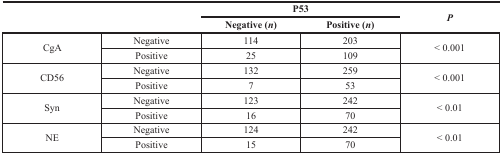
<table><thead><tr><td rowspan="2"></td><td rowspan="2"></td><td colspan="2"><b>P53</b></td><td rowspan="2"><b><i>P</i></b></td></tr><tr><td><b>Negative (<i>n</i>)</b></td><td><b>Positive (<i>n</i>)</b></td></tr></thead><tbody><tr><td rowspan="2">CgA</td><td>Negative</td><td>114</td><td>203</td><td rowspan="2">&lt; 0.001</td></tr><tr><td>Positive</td><td>25</td><td>109</td></tr><tr><td rowspan="2">CD56</td><td>Negative</td><td>132</td><td>259</td><td rowspan="2">&lt; 0.001</td></tr><tr><td>Positive</td><td>7</td><td>53</td></tr><tr><td rowspan="2">Syn</td><td>Negative</td><td>123</td><td>242</td><td rowspan="2">&lt; 0.01</td></tr><tr><td>Positive</td><td>16</td><td>70</td></tr><tr><td rowspan="2">NE</td><td>Negative</td><td>124</td><td>242</td><td rowspan="2">&lt; 0.01</td></tr><tr><td>Positive</td><td>15</td><td>70</td></tr></tbody></table>